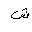
Letter: _shin